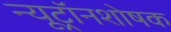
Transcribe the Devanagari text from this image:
न्यूट्रॉनशोषक